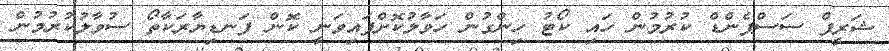
ޝަރީފް ސަސްޕެންޑް ކުރުމުން ހައި ކޯޓު ހިންގުން ހަވާލުކޮށްފައިވަނީ ކޮން ފަނޑިޔާރަކާތޯ ސުވާލުކުރުމުން